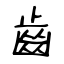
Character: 齒